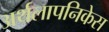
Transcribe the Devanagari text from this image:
अर्थलापनिकेस